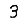
Digit: 3